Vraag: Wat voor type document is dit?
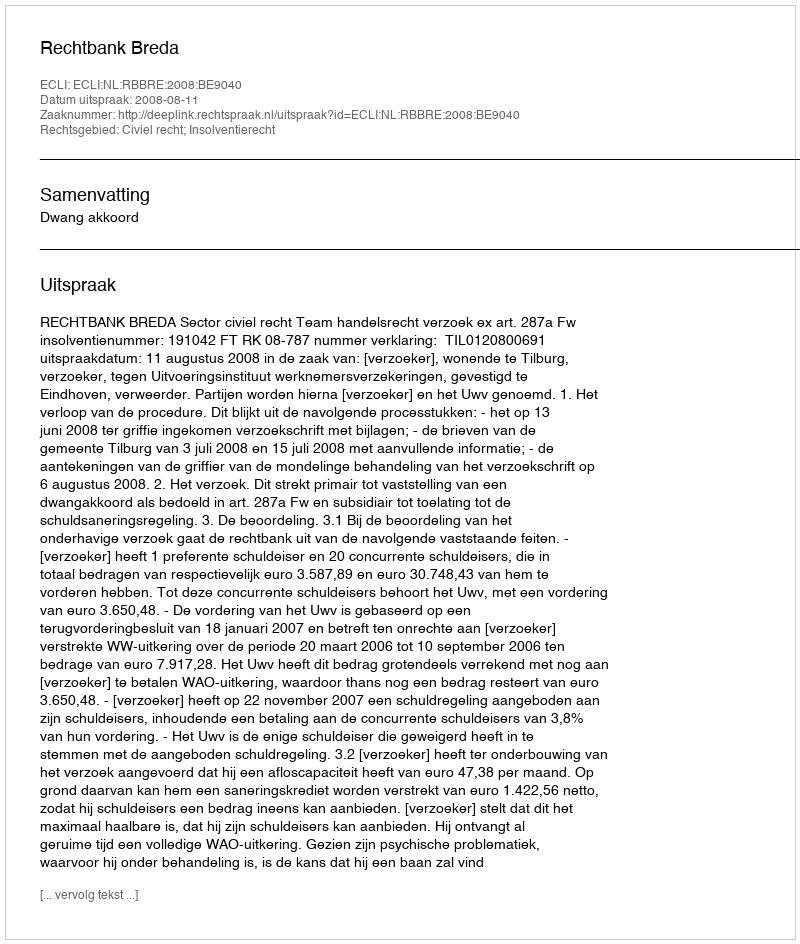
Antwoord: Uitspraak